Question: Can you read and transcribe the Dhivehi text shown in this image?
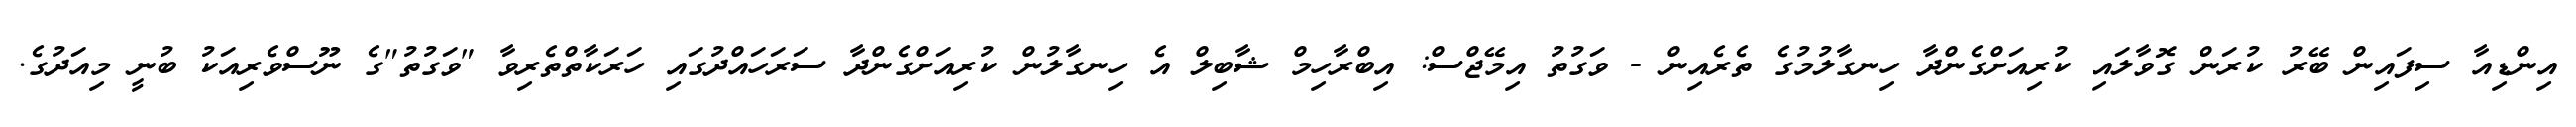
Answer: އިންޑިއާ ސިފައިން ބޭރު ކުރަން ގޮވާލައި ކުރިއަށްގެންދާ ހިނގާލުމުގެ ތެރެއިން - ވަގުތު އިމޭޖްސް: އިބްރާހިމް ޝާބިލް އެ ހިނގާލުން ކުރިއަށްގެންދާ ސަރަހައްދުގައި ހަރަކާތްތެރިވާ "ވަގުތު"ގެ ނޫސްވެރިއަކު ބުނީ މިއަދުގެ.